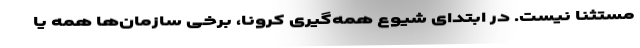
مستثنا نیست. در ابتدای شیوع همه­گیری کرونا، برخی سازمان‌ها همه یا